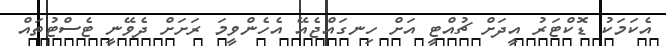
އެކަމަކު ޑޮކްޓަރު އީދަށް ޗުއްޓީ އަށް ހިނގައްޖެއޭ އެހެންވީމަ ރަށަށް ދެވޭނީ ޓެސްޓުތައް